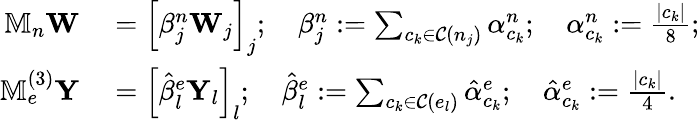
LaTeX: \begin{array}{rl}{\mathbb{M}_{n}\mathbf{W}}&{{}=\left[\beta_{j}^{n}\mathbf{W}_{j}\right]_{j};\quad\beta_{j}^{n}:=\sum_{c_{k}\in\mathcal{C}(n_{j})}\alpha_{c_{k}}^{n};\quad\alpha_{c_{k}}^{n}:=\frac{|c_{k}|}{8};}\\ {\mathbb{M}_{e}^{(3)}\mathbf{Y}}&{{}={\Big[}\hat{\beta}_{l}^{e}\mathbf{Y}_{l}{\Big]}_{l};\quad\hat{\beta}_{l}^{e}:=\sum_{c_{k}\in\mathcal{C}(e_{l})}\hat{\alpha}_{c_{k}}^{e};\quad\hat{\alpha}_{c_{k}}^{e}:=\frac{|c_{k}|}{4}.}\end{array}